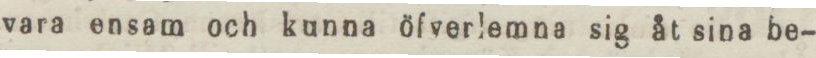
vara ensam och kunna öfverlemna sig åt sina be-